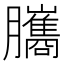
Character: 𦢿